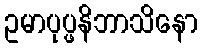
ဥမာပုပ္ဖနိဘာသိနော